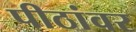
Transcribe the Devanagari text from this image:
पीठांवर